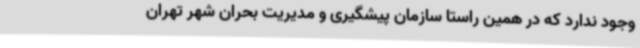
وجود ندارد که در همین راستا سازمان پیشگیری و مدیریت بحران شهر تهران